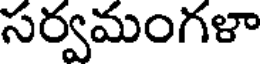
సర్వమంగళా